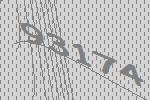
93174